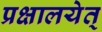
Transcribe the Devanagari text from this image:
प्रक्षालयेत्